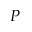
\cal P